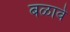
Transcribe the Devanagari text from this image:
बळावे